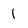
Character: 1